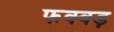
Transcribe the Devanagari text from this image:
फक्क्ड़